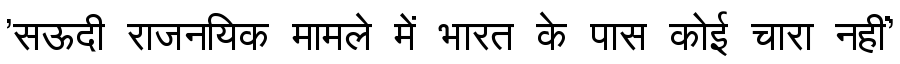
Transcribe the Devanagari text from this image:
'सऊदी राजनयिक मामले में भारत के पास कोई चारा नहीं'